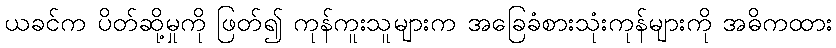
ယခင်က ပိတ်ဆို့မှုကို ဖြတ်၍ ကုန်ကူးသူများက အခြေခံစားသုံးကုန်များကို အဓိကထား